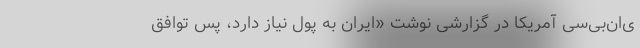
ی‌ان‌بی‌سی آمریکا در گزارشی نوشت «ایران به پول نیاز دارد، پس توافق